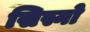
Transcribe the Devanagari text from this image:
सिस्नो